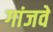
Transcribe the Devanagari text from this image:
गांजवे